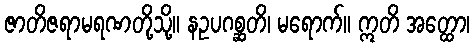
ဇာတိဇရာမရဏတို့သို့။ နဥပဂစ္ဆတိ၊ မရောက်။ ဣတိ အတ္ထော၊